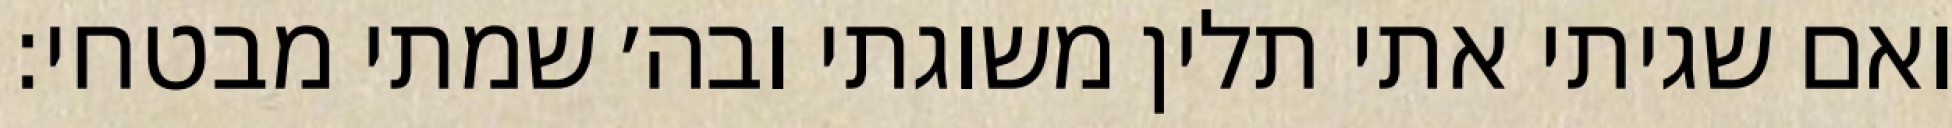
ואם שגיתי אתי תלין משוגתי ובה׳ שמתי מבטחי: